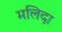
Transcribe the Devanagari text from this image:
मलिदा